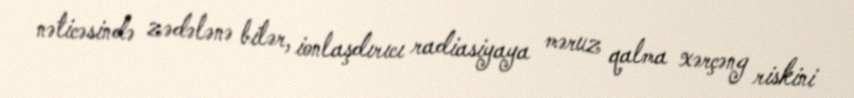
nəticəsində zədələnə bilər, ionlaşdırıcı radiasiyaya məruz qalma xərçəng riskini